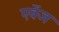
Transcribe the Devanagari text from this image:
एवेंज